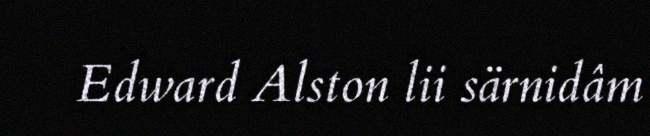
Edward Alston lii särnidâm